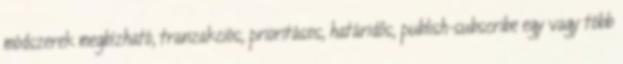
módszerek megbízható, tranzakciós, prioritásos, határidős, publish-subscribe egy vagy több